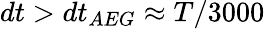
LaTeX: dt>dt_{AEG}\approx T/3000